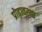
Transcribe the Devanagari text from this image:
प्रोढ़ावस्था